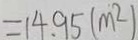
= 1 4 . 9 5 ( m ^ { 2 } )